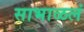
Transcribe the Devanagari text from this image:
साभाळलं